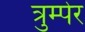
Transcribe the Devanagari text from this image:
त्रुम्पेर